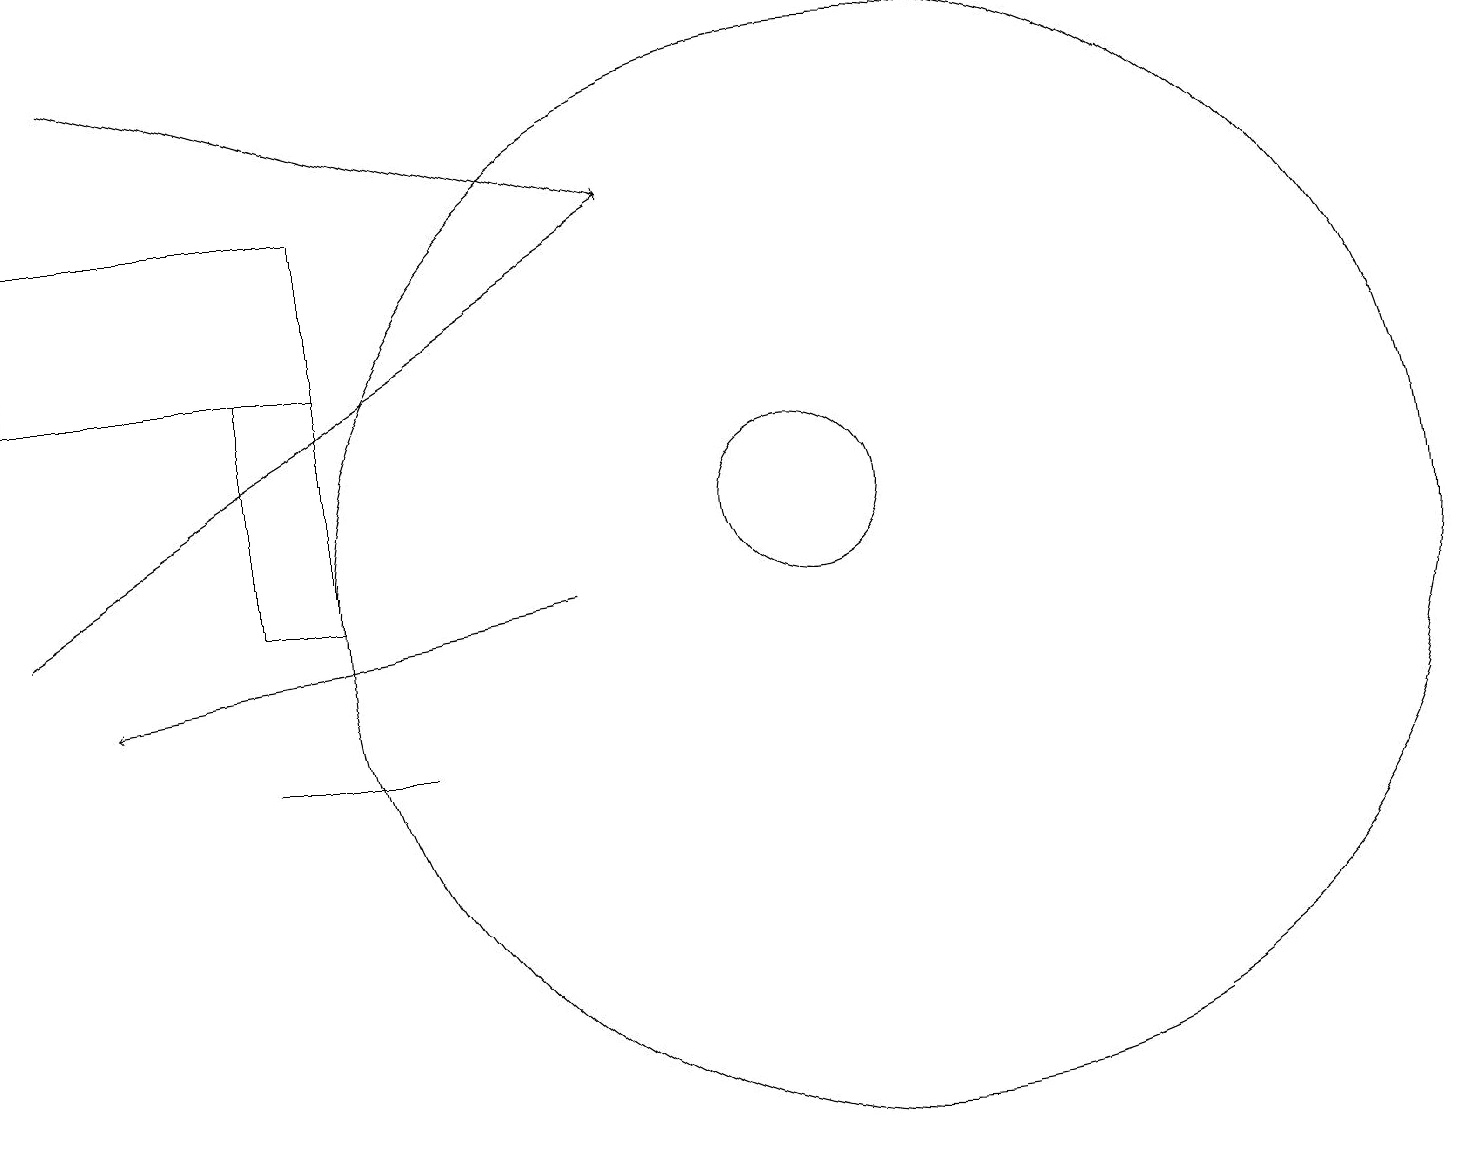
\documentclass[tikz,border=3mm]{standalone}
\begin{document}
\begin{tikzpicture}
\draw (0,14) rectangle (4,16);
\draw[->] (1,18) -- (8,16);
\draw (5,9) -- (3,9) -- (5,9) -- cycle;
\draw (11,11) circle (7);
\draw[->] (0,11) -- (8,16);
\draw (10,12) circle (1);
\draw (3,11) rectangle (4,14);
\draw[->] (7,11) -- (1,10);
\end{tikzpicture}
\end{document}